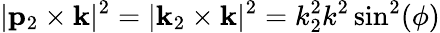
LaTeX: |{\mathbf p}_{2}\times{\mathbf k}|^{2}=|{\mathbf k}_{2}\times{\mathbf k}|^{2}=k_{2}^{2}k^{2}\sin^{2}(\phi)